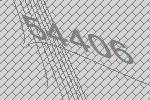
54406